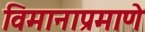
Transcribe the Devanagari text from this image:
विमानाप्रमाणे